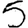
Digit: 5